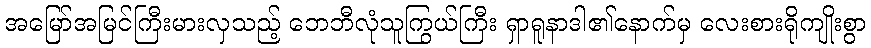
အမြော်အမြင်ကြီးမားလှသည့် ဘေဘီလုံသူကြွယ်ကြီး ရှာရူနာဒါ၏နောက်မှ လေးစားရိုကျိုးစွာ